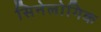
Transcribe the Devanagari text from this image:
सिनेलोगिक